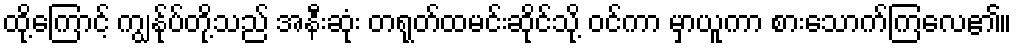
ထို့ကြောင့် ကျွန်ုပ်တို့သည် အနီးဆုံး တရုတ်ထမင်းဆိုင်သို့ ဝင်ကာ မှာယူကာ စားသောက်ကြလေ၏။